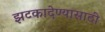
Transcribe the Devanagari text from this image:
झटकादेण्यासाठी